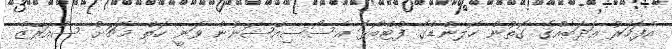
އެފަހަރު އަދަބެއްގެ ގޮތުން ހޮލެންޑްގެ ފުޓްބޯޅަ އެސޯސިއޭޝަނުން ވަނީ ހަތް މެޗަށް ސުއަރޭޒް